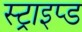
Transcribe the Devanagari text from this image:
स्ट्राइप्ड